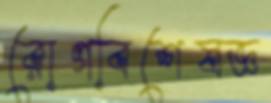
রোগবিশেষজ্ঞ